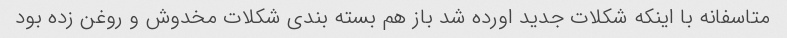
متاسفانه با اینکه شکلات جدید اورده شد باز هم بسته بندی شکلات مخدوش و روغن زده بود